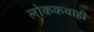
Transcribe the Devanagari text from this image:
लोककथाही